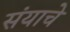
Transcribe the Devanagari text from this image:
संयाचे